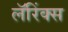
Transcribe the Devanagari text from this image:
लॅरिंक्स